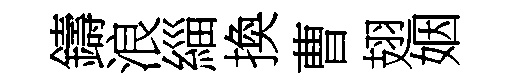
鑄浪緇換曹翅姻